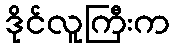
ဒိုင်လူကြီးက